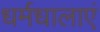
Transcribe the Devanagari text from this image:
धर्मधालाएं